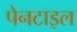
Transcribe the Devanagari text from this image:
पेनटाइल